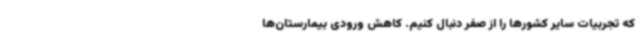
که تجربیات سایر کشورها را از صفر دنبال کنیم. کاهش ورودی بیمارستان‌ها